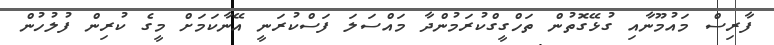
ފާރިސް މައުމޫނާއި ގުޅޭގޮތުން ތަހްގީގްކުރަމުންދާ މައްސަލަ ފަސްކުރަނީ އޭނާކަމަށް މީގެ ކުރިން ފުލުހުން